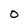
Character: 0